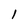
Character: l